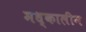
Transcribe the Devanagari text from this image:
मध्कालीन